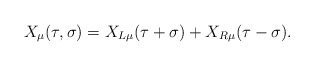
\begin{align*}X_{\mu}(\tau,\sigma) = X_{L\mu}(\tau+\sigma) + X_{R\mu}(\tau-\sigma).\end{align*}